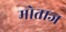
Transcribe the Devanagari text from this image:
मोताज